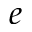
e